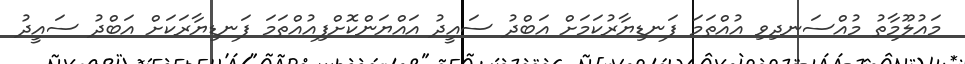
މައުލޫމާތު މުއްސަނދިވި އުއްތަމަ ފަނޑިޔާރުކަމަށް އަބްދު ސައީދު އައްޔަންކޮށްފިއުއްތަމަ ފަނޑިޔާރަކަށް އަބްދު ސައީދު